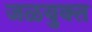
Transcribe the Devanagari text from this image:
जळयुक्त